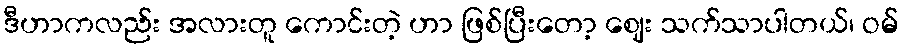
ဒီဟာကလည်း အလားတူ ကောင်းတဲ့ ဟာ ဖြစ်ပြီးတော့ ဈေး သက်သာပါတယ်၊ ဝမ်